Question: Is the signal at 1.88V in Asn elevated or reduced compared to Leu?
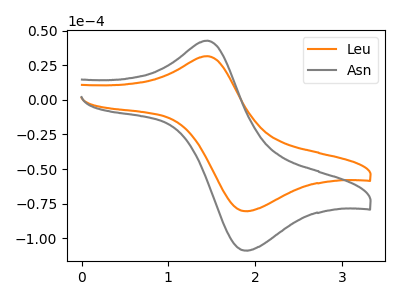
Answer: <think>The orange curve "Leu" has an anodic peak at (1.45V, 31.60uA) and a cathodic peak at (1.90V, -80.40uA). The gray curve "Asn" has an anodic peak at (1.45V, 42.75uA) and a cathodic peak at (1.90V, -108.85uA).</think>
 <answer>The peak at 1.88V is higher in "Asn" than in "Leu".</answer>
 <eval>higher</eval>